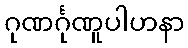
ဂုဏင်္ဂုဏူပါဟနာ